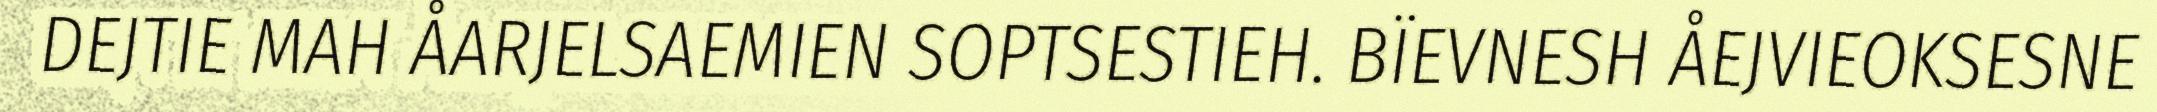
DEJTIE MAH ÅARJELSAEMIEN SOPTSESTIEH. BÏEVNESH ÅEJVIEOKSESNE